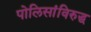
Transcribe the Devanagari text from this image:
पोलिसांविरुद्ध